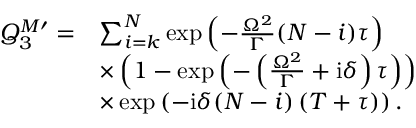
\begin{array} { r l } { Q _ { 3 } ^ { M \prime } = } & { \sum _ { i = k } ^ { N } \exp \left( - \frac { \Omega ^ { 2 } } { \Gamma } ( N - i ) \tau \right) } \\ & { \times \left( 1 - \exp \left( - \left( \frac { \Omega ^ { 2 } } { \Gamma } + \mathrm { i } \delta \right) \tau \right) \right) } \\ & { \times \exp \left( - \mathrm { i } \delta ( N - i ) \left( T + \tau \right) \right) . } \end{array}